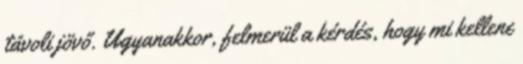
távoli jövő. Ugyanakkor, felmerül a kérdés, hogy mi kellene